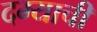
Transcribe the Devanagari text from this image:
दम्याची